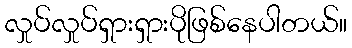
လှုပ်လှုပ်ရှားရှားပိုဖြစ်နေပါတယ်။